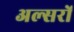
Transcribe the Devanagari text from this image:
अल्सरों